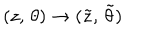
( z , \, \theta ) \rightarrow ( { \tilde { z } } , \, { \tilde { \theta } } )